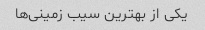
یکی از بهترین سیب زمینی‌ها